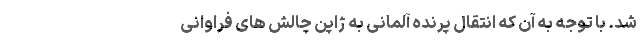
شد. با توجه به آن که انتقال پرنده آلمانی به ژاپن چالش های فراوانی